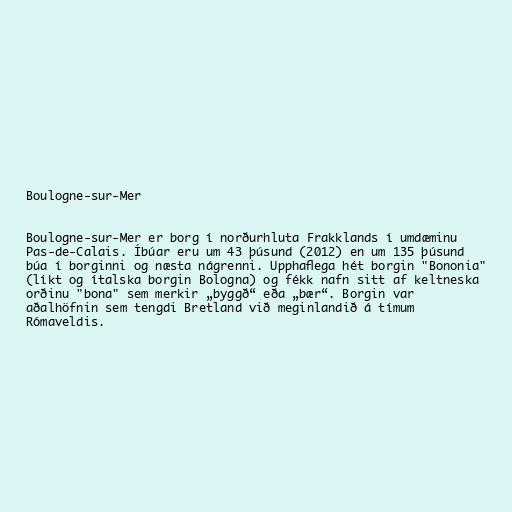
Boulogne-sur-Mer

Boulogne-sur-Mer er borg í norðurhluta Frakklands í umdæminu
Pas-de-Calais. Íbúar eru um 43 þúsund (2012) en um 135 þúsund
búa í borginni og næsta nágrenni. Upphaflega hét borgin "Bononia"
(líkt og ítalska borgin Bologna) og fékk nafn sitt af keltneska
orðinu "bona" sem merkir „byggð“ eða „bær“. Borgin var
aðalhöfnin sem tengdi Bretland við meginlandið á tímum
Rómaveldis.